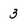
Character: 3